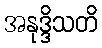
အနုဒ္ဒိသတိ